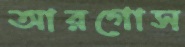
আরগোস